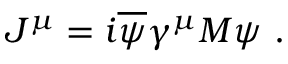
J ^ { \mu } = i \overline { { { \psi } } } \gamma ^ { \mu } M \psi \ .